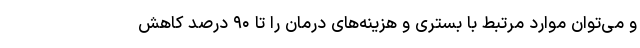
و می‌توان موارد مرتبط با بستری و هزینه‌های درمان را تا ۹۰ درصد کاهش